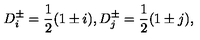
D _ { i } ^ { \pm } = \frac { 1 } { 2 } ( 1 \pm i ) , D _ { j } ^ { \pm } = \frac { 1 } { 2 } ( 1 \pm j ) ,